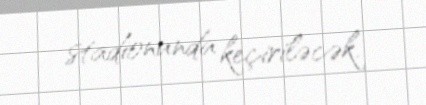
stadionunda keçiriləcək.